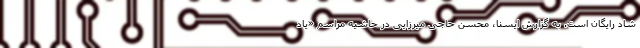
شاد رایگان است. به گزارش ایسنا، محسن حاجی میرزایی در حاشیه مراسم «یاد